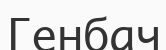
Генбач